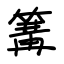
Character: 篝